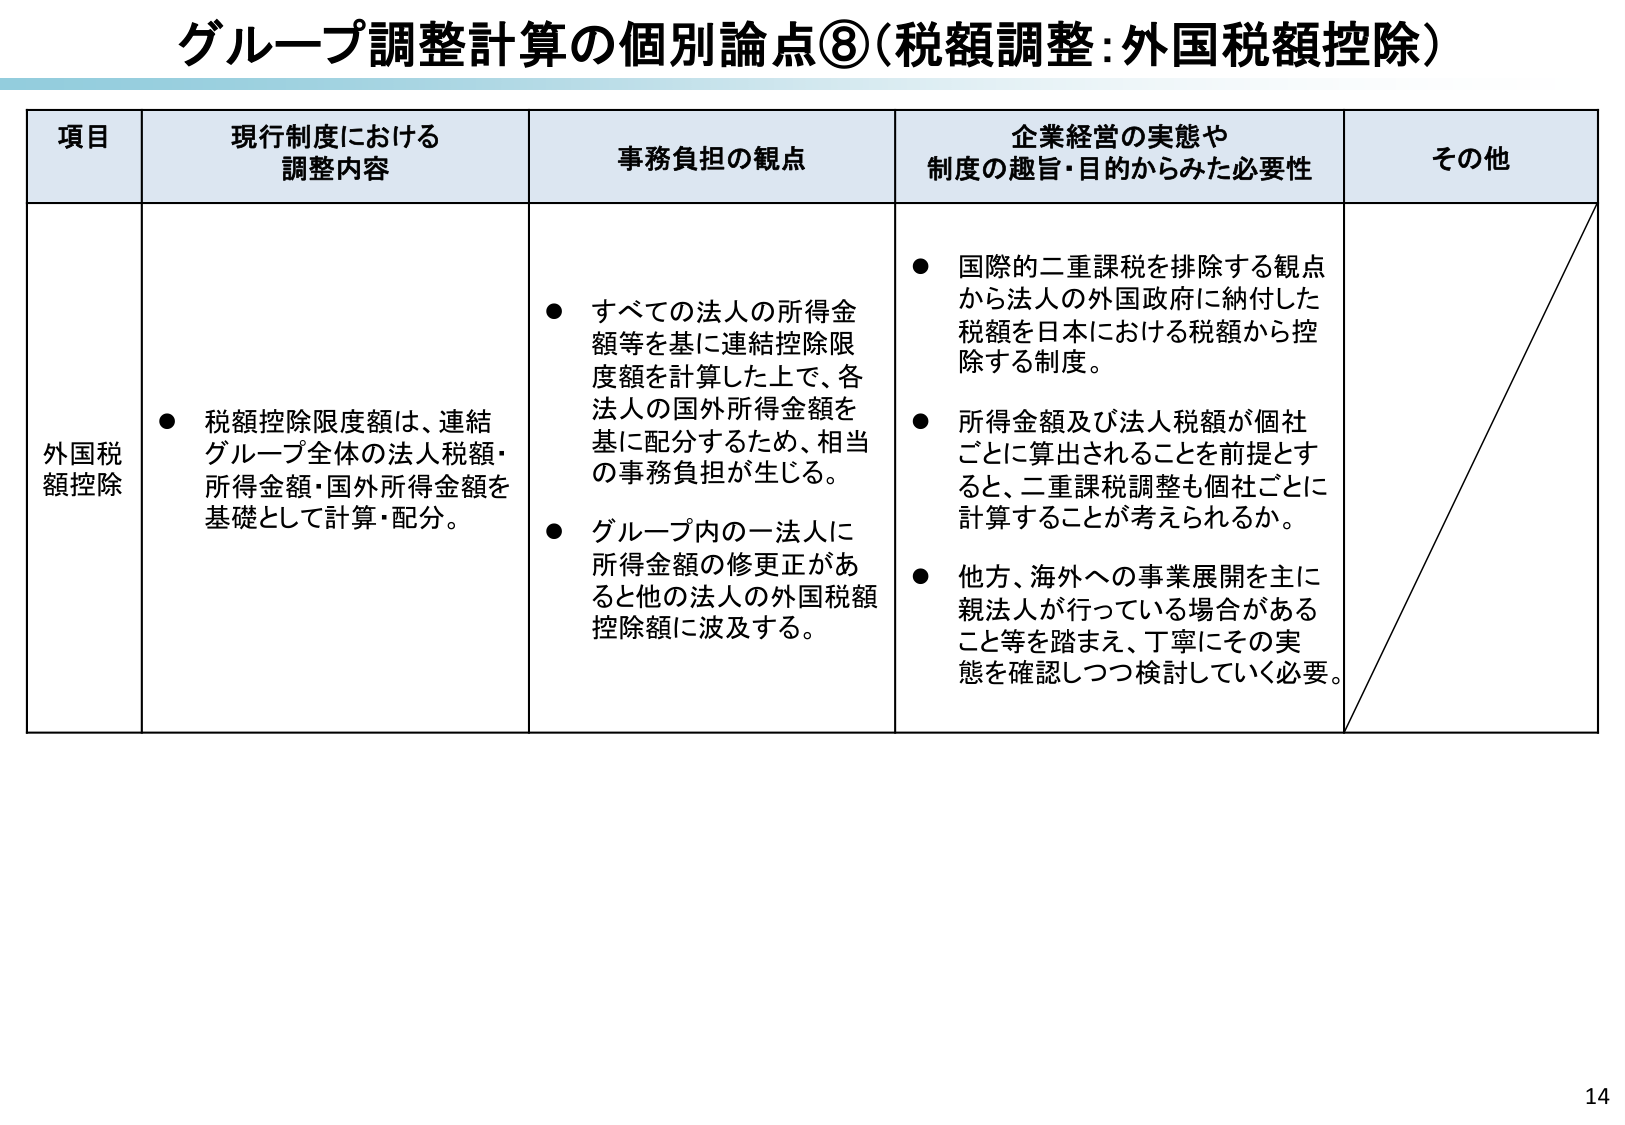
グループ調整計算の個別論点⑧（税額調整：外国税額控除）

項目 現行制度における調整内容 事務負担の観点 企業経営の実態や制度の趣旨・目的からみた必要性 その他

外国税額控除
● 税額控除限度額は、連結グループ全体の法人税額・所得金額・国外所得金額を基礎として計算・配分。

● すべての法人の所得金額等を基に連結控除限度額を計算した上で、各法人の国外所得金額を基に配分するため、相当の事務負担が生じる。
● グループ内の一法人に所得金額の修正正があると他の法人の外国税額控除額に波及する。

● 国際的二重課税を排除する観点から法人の外国政府に納付した税額を日本における税額から控除する制度。
● 所得金額及び法人税額が個社ごとに算出されることを前提とすると、二重課税調整も個社ごとに計算することが考えられるか。
● 他方、海外への事業展開を主に親法人が行っている場合があること等を踏まえ、丁寧にその実態を確認しつつ検討していく必要。

14